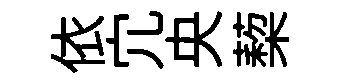
依宂央蔾